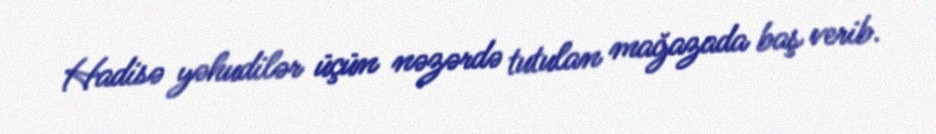
Hadisə yəhudilər üçün nəzərdə tutulan mağazada baş verib.